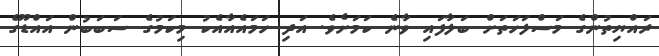
ރައްޔިތުންގެ މަސްލަހަތަށް ބަލާފައި ވާނެ ކަމަށެވެ. އަދި ހަމައެއާއެކު މިކަމުގެ ސަބަބުން އައްޑޫގެ